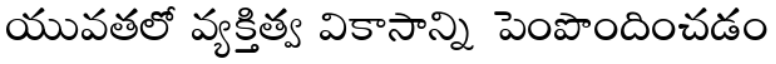
యువతలో వ్యక్తిత్వ వికాసాన్ని పెంపొందించడం